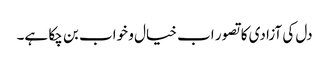
دل کی آزادی کا تصور اب خیال و خواب بن چکا ہے۔